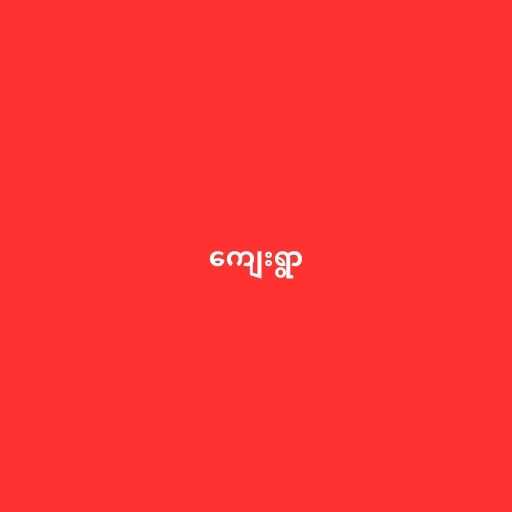
ကျေးရွာ